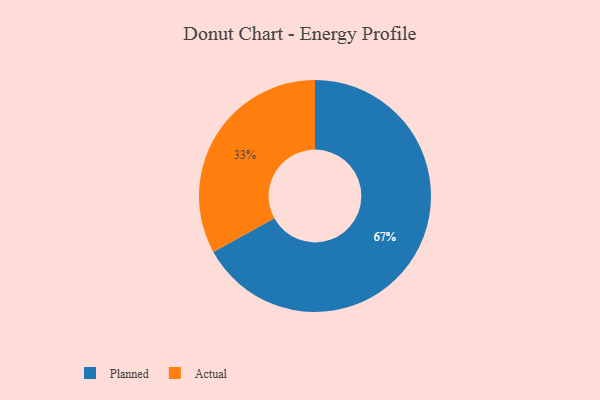
{"axis": {"x": "Category", "y": "Percentage"}, "legend": ["Actual", "Planned"], "data": [{"x": "Planned", "y": 67, "type": "Planned"}, {"x": "Actual", "y": 33, "type": "Actual"}]}